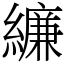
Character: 𦆆